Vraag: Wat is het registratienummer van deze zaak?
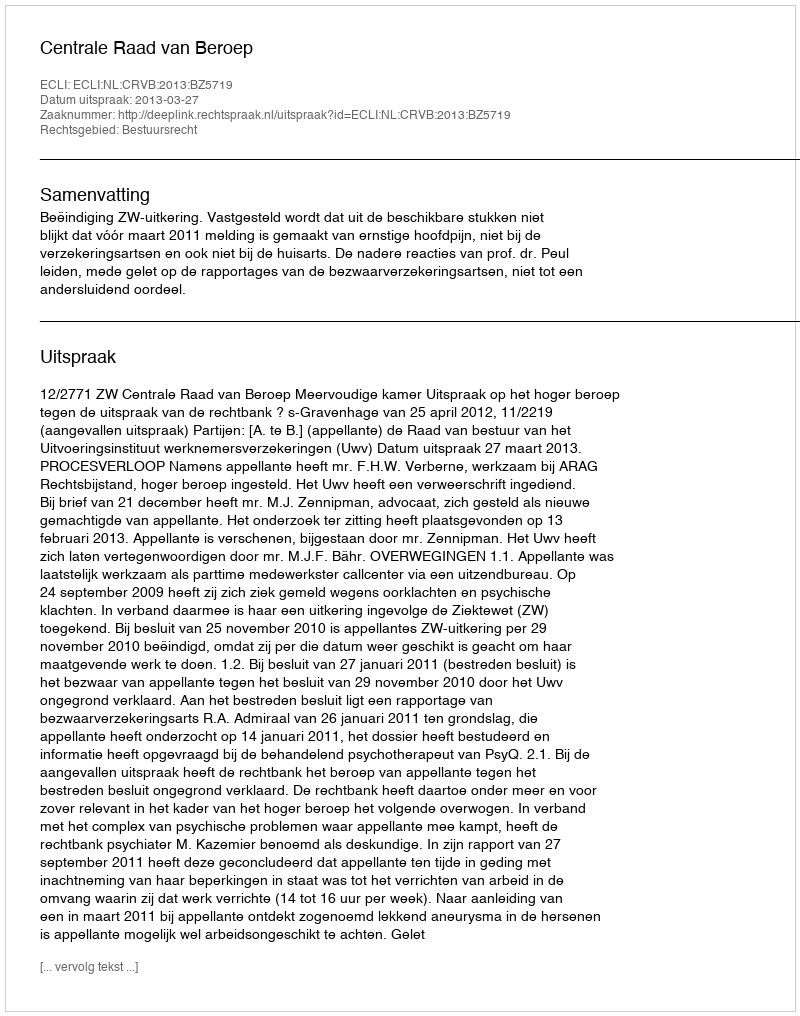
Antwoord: http://deeplink.rechtspraak.nl/uitspraak?id=ECLI:NL:CRVB:2013:BZ5719